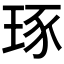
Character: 𤥨